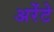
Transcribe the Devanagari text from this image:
अरेंटे